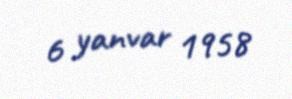
6 yanvar 1958